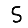
Digit: 5